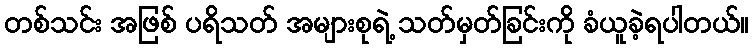
တစ်သင်း အဖြစ် ပရိသတ် အများစုရဲ့ သတ်မှတ်ခြင်းကို ခံယူခဲ့ရပါတယ်။